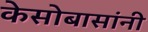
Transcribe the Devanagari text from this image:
केसोबासांनी